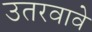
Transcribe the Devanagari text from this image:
उतरवावे